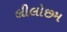
લીલોછમ